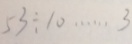
5 3 \div 1 0 \cdots 3